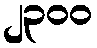
၂၃၀၀